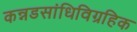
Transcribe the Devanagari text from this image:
कन्नडसांधिविग्रहिक